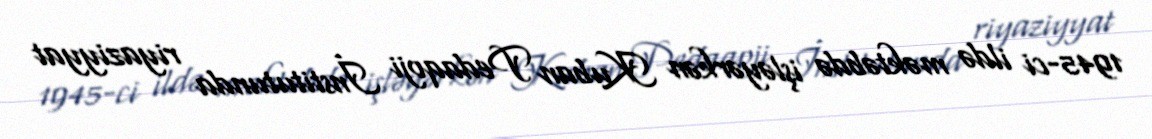
1945-ci ildə məktəbdə işləyərkən Kuban Pedaqoji İnstitutunda riyaziyyat